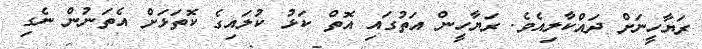
ރަޔާހީނަށް ދައްކާލިއެވެ. ރަޔާހީން އަތުގައި އޮތް ކަޅު ކުލައިގެ ކޮތަޅަށް އެތަނުން ނެގި